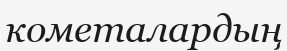
кометалардың